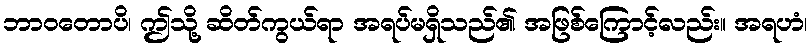
ဘာဝတောပိ၊ ဤသို့ ဆိတ်ကွယ်ရာ အရပ်မရှိသည်၏ အဖြစ်ကြောင့်လည်း။ အရဟံ၊